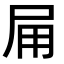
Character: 𭺸